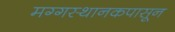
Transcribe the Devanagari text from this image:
मग्गस्थानकपासून